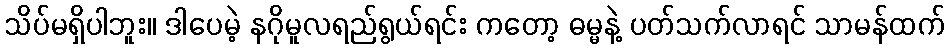
သိပ်မရှိပါဘူး။ ဒါပေမဲ့ နဂိုမူလရည်ရွယ်ရင်း ကတော့ ဓမ္မနဲ့ ပတ်သက်လာရင် သာမန်ထက်